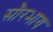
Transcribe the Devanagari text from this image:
सौरभाय